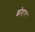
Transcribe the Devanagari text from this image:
झोहरर